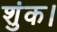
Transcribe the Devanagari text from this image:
शुंक।